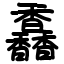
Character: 馫